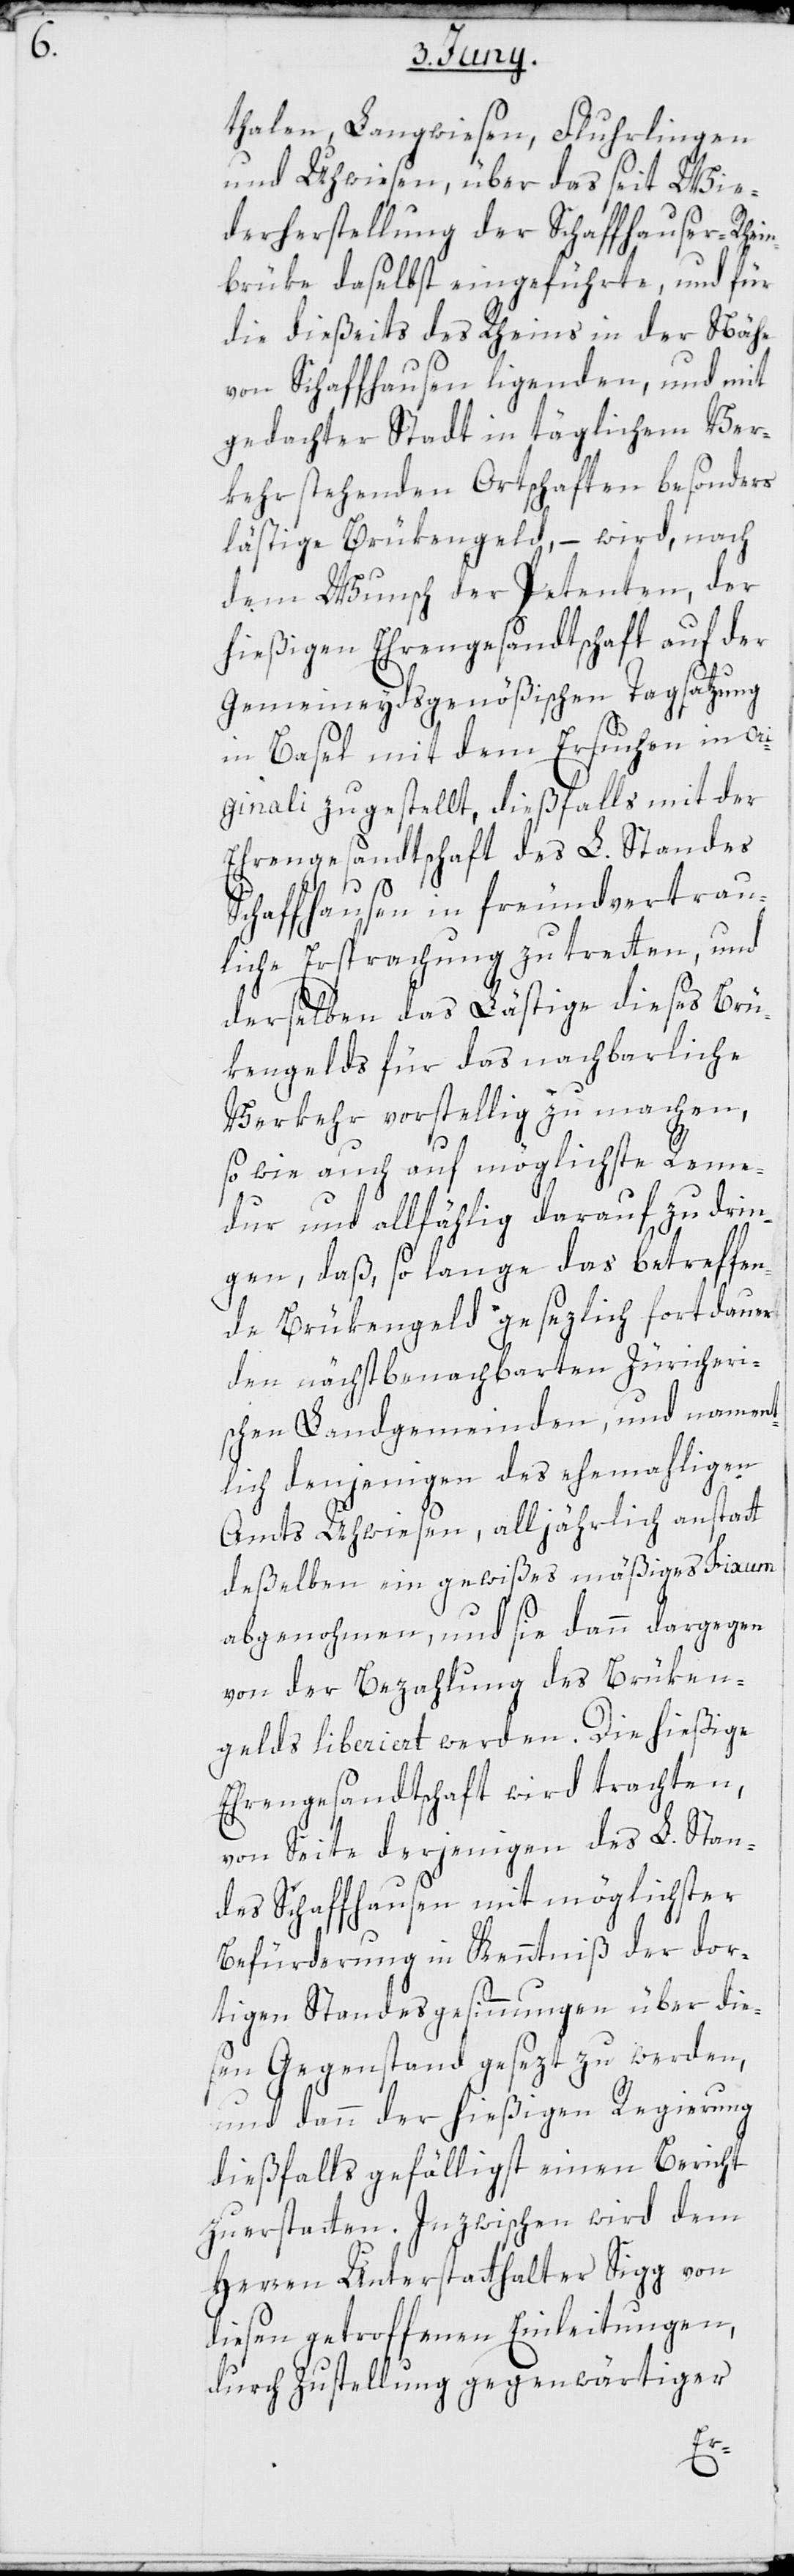
thalen, Langwiesen, Fluhrlingen
und Uhwiesen, über das seit Wie¬
derherstellung der Schaffhauser Rhein¬
brüke daselbst eingeführte, und für
die dießeits des Rheins in der Nähe
von Schaffhausen ligenden, und mit
gedachter Stadt in täglichem Ver¬
kehr stehenden Ortschaften besonders
lästige Brükengeld, – wird, nach
dem Wunsch der Petenten, der
hießigen Ehrengesandtschaft auf der
Gemeineydsgenößischen Tagsatzung
in Basel mit dem Ersuchen in ori¬
ginali zugestellt, dießfalls mit der
Ehrengesandtschaft des L. Standes
Schaffhausen in freundvertrau¬
liche Ersprachung zu tretten, und
derselben das Lästige dieses Brü¬
kengelds für das nachbarliche
Verkehr vorstellig zu machen,
sowie auch auf möglichste Reme¬
dur und allfählig darauf zu drin¬
gen, daß, so lange das betreffen¬
de Brükengeld gesezlich fortdauer¬
nden nächstbenachbarten Züricheri¬
schen Landgemeinden, und nament¬
lich denjenigen des ehemaligen
Amts Uhwiesen, alljährlich anstatt
deßelben ein gewißes mäßiges Fixum
abgenohmen, und sie dann dargegen
von der Bezahlung des Brüken¬
gelds liberiert werden. Die hießige
Ehrengesandtschaft wird trachten,
von Seite derjenigen des L. Stan¬
des Schaffhausen mit möglichster
Befürderung in Kenntniß der dor¬
tigen Standesgesinnungen über die¬
sen Gegenstand gesezt zu werden,
und dann der hießigen Regierung
dießfalls gefälligst einen Bericht
zu erstatten. Inzwischen wird dem
Herren Unterstatthalter Sigg von
diesen getroffenen Einleitungen,
durch Zustellung gegenwärtiger